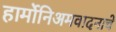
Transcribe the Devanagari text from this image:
हार्मोनिअमवादनाचे